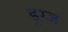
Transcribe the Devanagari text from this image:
ड्रग्ज